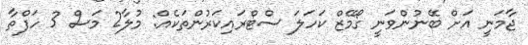
ޖާމަނީ އަށް ބޭނުންވަނީ ގޯމޭޒް ކަހަލަ ސްޓްރައިކަރުންތަކެއް: މުލާ2 މަސް 3 ހަފްތާ